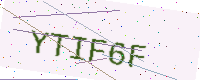
Text: YTIF6F